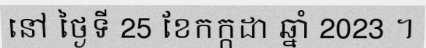
នៅ ថ្ងៃទី 25 ខែកក្កដា ឆ្នាំ 2023 ។